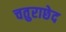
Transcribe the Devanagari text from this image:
चतुराछेद